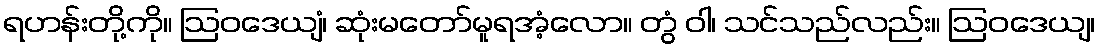
ရဟန်းတို့ကို။ ဩဝဒေယျံ၊ ဆုံးမတော်မူရအံ့လော။ တွံ ဝါ၊ သင်သည်လည်း။ ဩဝဒေယျ၊